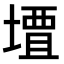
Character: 𫝠